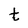
Character: t